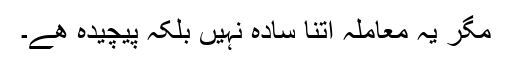
مگر یہ معاملہ اتنا سادہ نہیں بلکہ پیچیدہ ھے۔